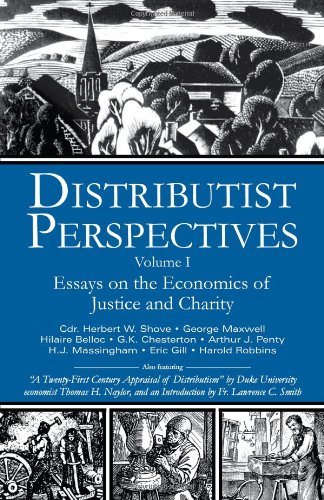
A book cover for Distributist Perspectives: Volume I; Business & Money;